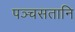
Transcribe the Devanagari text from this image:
पञ्चसतानि